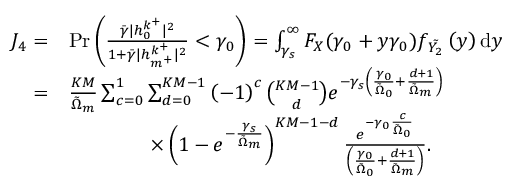
\begin{array} { r l } { J _ { 4 } = } & { \mathrm { P r } \left( \frac { \bar { \gamma } | h _ { 0 } ^ { k ^ { + } } | ^ { 2 } } { 1 + \bar { \gamma } | h _ { m ^ { + } } ^ { k ^ { + } } | ^ { 2 } } < \gamma _ { 0 } \right) = \int _ { \gamma _ { s } } ^ { \infty } F _ { X } ( \gamma _ { 0 } + y \gamma _ { 0 } ) f _ { \tilde { Y _ { 2 } } } \left( y \right) \mathrm { d } y } \\ { = } & { \frac { K M } { \tilde { \Omega } _ { m } } \sum _ { c = 0 } ^ { 1 } \sum _ { d = 0 } ^ { K M - 1 } \left( - 1 \right) ^ { c } \binom { K M - 1 } { d } e ^ { - \gamma _ { s } \left( \frac { \gamma _ { 0 } } { \tilde { \Omega } _ { 0 } } + \frac { d + 1 } { \tilde { \Omega } _ { m } } \right) } } \\ & { \qquad \qquad \times \left( 1 - e ^ { - \frac { \gamma _ { s } } { \tilde { \Omega } _ { m } } } \right) ^ { K M - 1 - d } \frac { e ^ { - \gamma _ { 0 } \frac { c } { \tilde { \Omega } _ { 0 } } } } { \left( \frac { \gamma _ { 0 } } { \tilde { \Omega } _ { 0 } } + \frac { d + 1 } { \tilde { \Omega } _ { m } } \right) } . } \end{array}